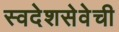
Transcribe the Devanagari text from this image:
स्वदेशसेवेची